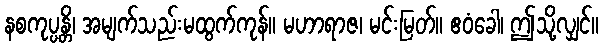
နစကုပ္ပန္တိ၊ အမျက်သည်းမထွက်ကုန်။ မဟာရာဇ၊ မင်းမြတ်။ ဧဝံခေါ၊ ဤသို့လျှင်။